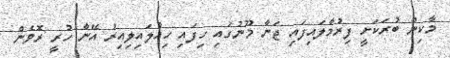
މާކިން ބުރަކަށީ ފިރުމާލައިފައި ޖަނާ މޫނުގައި ހިފައި ހިއްލައިލިއިރު އޭނާ ހުރީ ރޮވެން